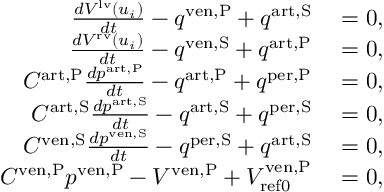
\begin{array} { r l } { \frac { d V ^ { \mathrm { l v } } \left( u _ { i } \right) } { d t } - q ^ { \mathrm { v e n , P } } + q ^ { \mathrm { a r t , S } } } & { { } = 0 , } \\ { \frac { d V ^ { \mathrm { r v } } \left( u _ { i } \right) } { d t } - q ^ { \mathrm { v e n , S } } + q ^ { \mathrm { a r t , P } } } & { { } = 0 , } \\ { C ^ { \mathrm { a r t , P } } \frac { d p ^ { \mathrm { a r t , P } } } { d t } - q ^ { \mathrm { a r t , P } } + q ^ { \mathrm { p e r , P } } } & { { } = 0 , } \\ { C ^ { \mathrm { a r t , S } } \frac { d p ^ { \mathrm { a r t , S } } } { d t } - q ^ { \mathrm { a r t , S } } + q ^ { \mathrm { p e r , S } } } & { { } = 0 , } \\ { C ^ { \mathrm { v e n , S } } \frac { d p ^ { \mathrm { v e n , S } } } { d t } - q ^ { \mathrm { p e r , S } } + q ^ { \mathrm { a r t , S } } } & { { } = 0 , } \\ { C ^ { \mathrm { v e n , P } } p ^ { \mathrm { v e n , P } } - V ^ { \mathrm { v e n , P } } + V _ { \mathrm { { r e f 0 } } } ^ { \mathrm { v e n , P } } } & { { } = 0 , } \end{array}